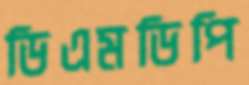
ডিএমডিপি